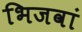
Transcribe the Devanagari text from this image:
भिजवां